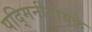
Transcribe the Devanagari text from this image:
पद्मिनीनायके